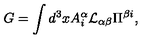
G = \int d ^ { 3 } x A _ { i } ^ { \alpha } { \cal L } _ { \alpha \beta } \Pi ^ { \beta i } ,